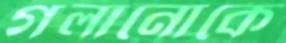
গলানোকে